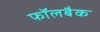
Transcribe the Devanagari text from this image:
फॉलबैक